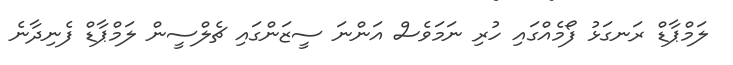
ލަމްޕާޑް ރަނގަޅު ފޯމެއްގައި ހުރި ނަމަވެސް އަންނަ ސީޒަންގައި ޗެލްސީން ލަމްޕާޑް ފެނިދާނެ